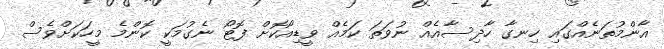
އާންމުތަނެއްގައި ހިނގާ ހާދިސާއެއް ނުވަތަ ކަމެއް ވީޑިއޯކޮށް ފޮޓޯ ނެގުމަކީ ކޮންމެ މީހަކަށްވެސް